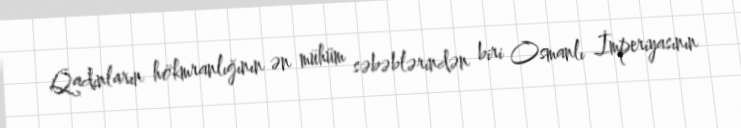
Qadınların hökmranlığının ən mühüm səbəblərindən biri Osmanlı İmperiyasının